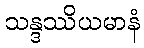
သန္ဒဿိယမာနံ